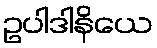
ဥပါဒါနိယေ